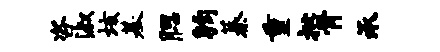
咨淑垓基腮钧蓁重批骨承